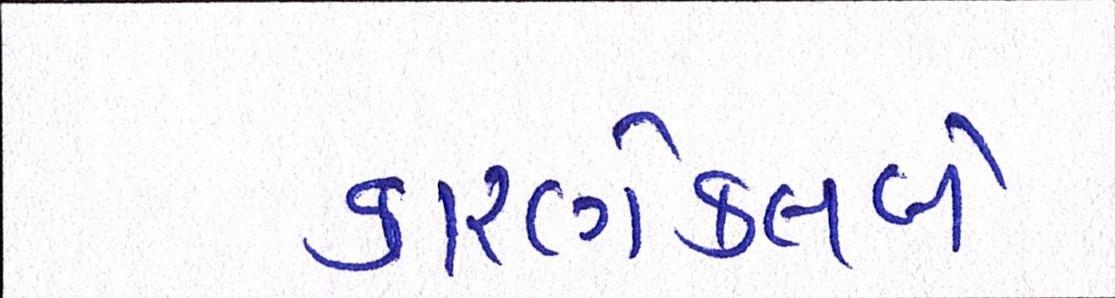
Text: કારણેક્લબે